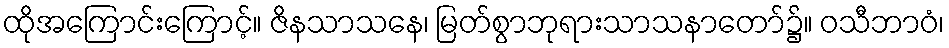
ထိုအကြောင်းကြောင့်။ ဇိနသာသနေ၊ မြတ်စွာဘုရားသာသနာတော်၌။ ဝသီဘာဝံ၊